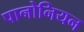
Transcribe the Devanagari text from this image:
पानोनियन